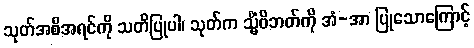
သုတ်အစီအရင်ကို သတိပြုပါ၊ သုတ်က သ္မိံဝိဘတ်ကို အံ-အာ ပြုသောကြောင့်